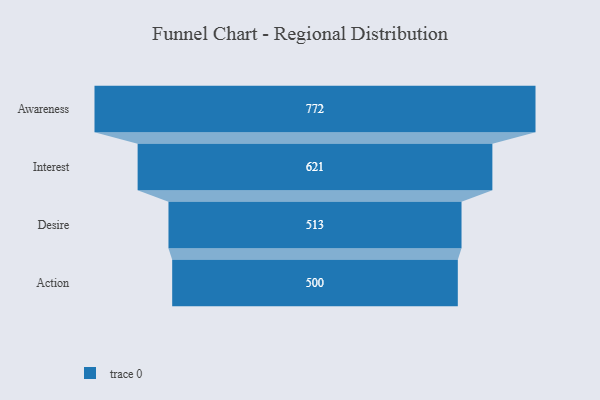
{"axis": {"x": "Stage", "y": "Value"}, "legend": [""], "data": [{"x": "Awareness", "y": 772.0, "type": ""}, {"x": "Interest", "y": 621.0, "type": ""}, {"x": "Desire", "y": 513.0, "type": ""}, {"x": "Action", "y": 500, "type": ""}]}